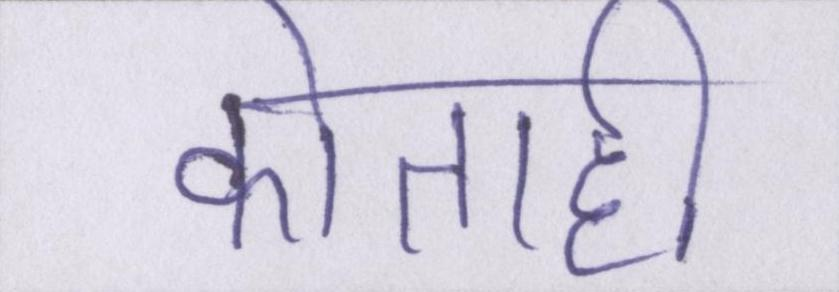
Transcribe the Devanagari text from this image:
कोताही